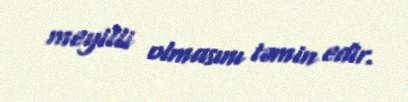
meyilli olmasını təmin edir.